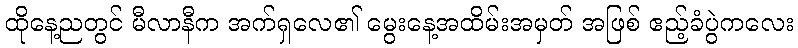
ထိုနေ့ညတွင် မီလာနီက အက်ရှလေ၏ မွေးနေ့အထိမ်းအမှတ် အဖြစ် ဧည့်ခံပွဲကလေး